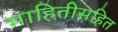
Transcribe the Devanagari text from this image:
माहितीसहित